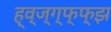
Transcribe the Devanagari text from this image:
ह्व्ज्ग्फ्फ्झ